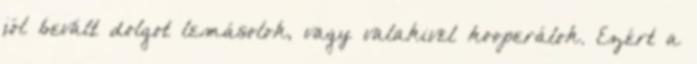
jól bevált dolgot lemásolok, vagy valakivel kooperálok. Ezért a